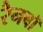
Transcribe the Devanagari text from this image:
रैनबॉ